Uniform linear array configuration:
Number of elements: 8
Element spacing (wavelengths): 0.25
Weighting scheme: cosine
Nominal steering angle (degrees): -45
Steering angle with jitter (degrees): -46.265
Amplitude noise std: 0.05
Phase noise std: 0.05

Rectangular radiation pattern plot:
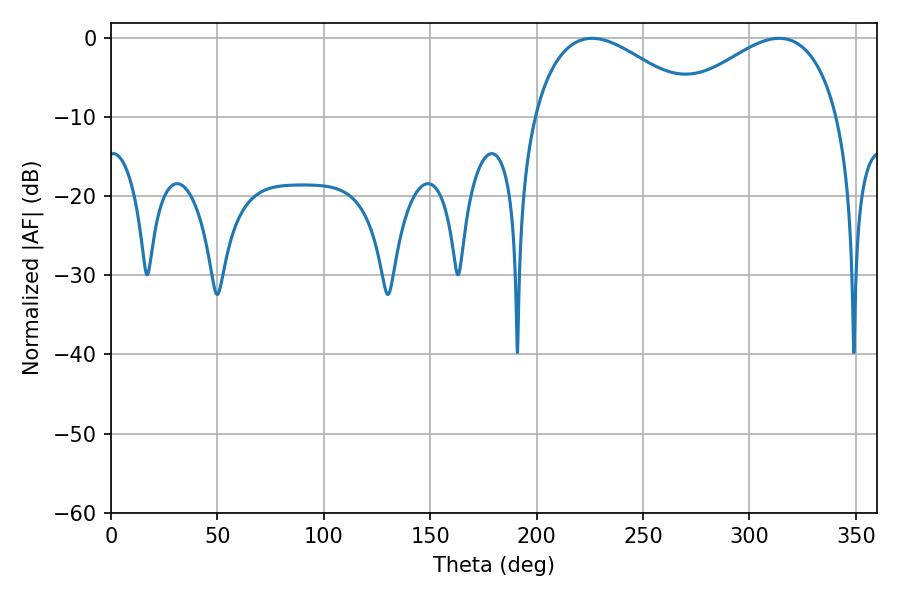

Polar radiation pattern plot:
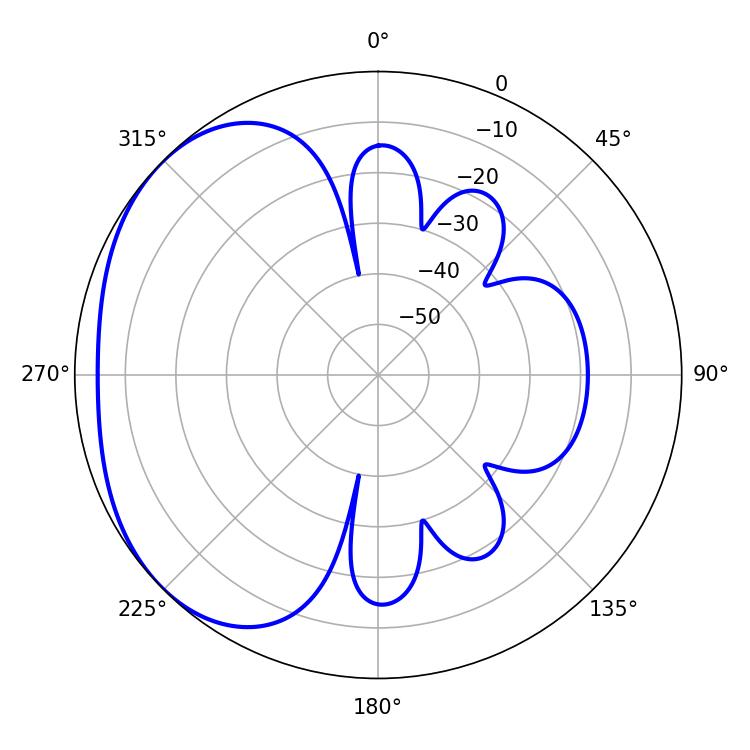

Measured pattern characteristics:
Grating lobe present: FALSE
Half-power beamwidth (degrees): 42.84
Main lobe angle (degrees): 226.08